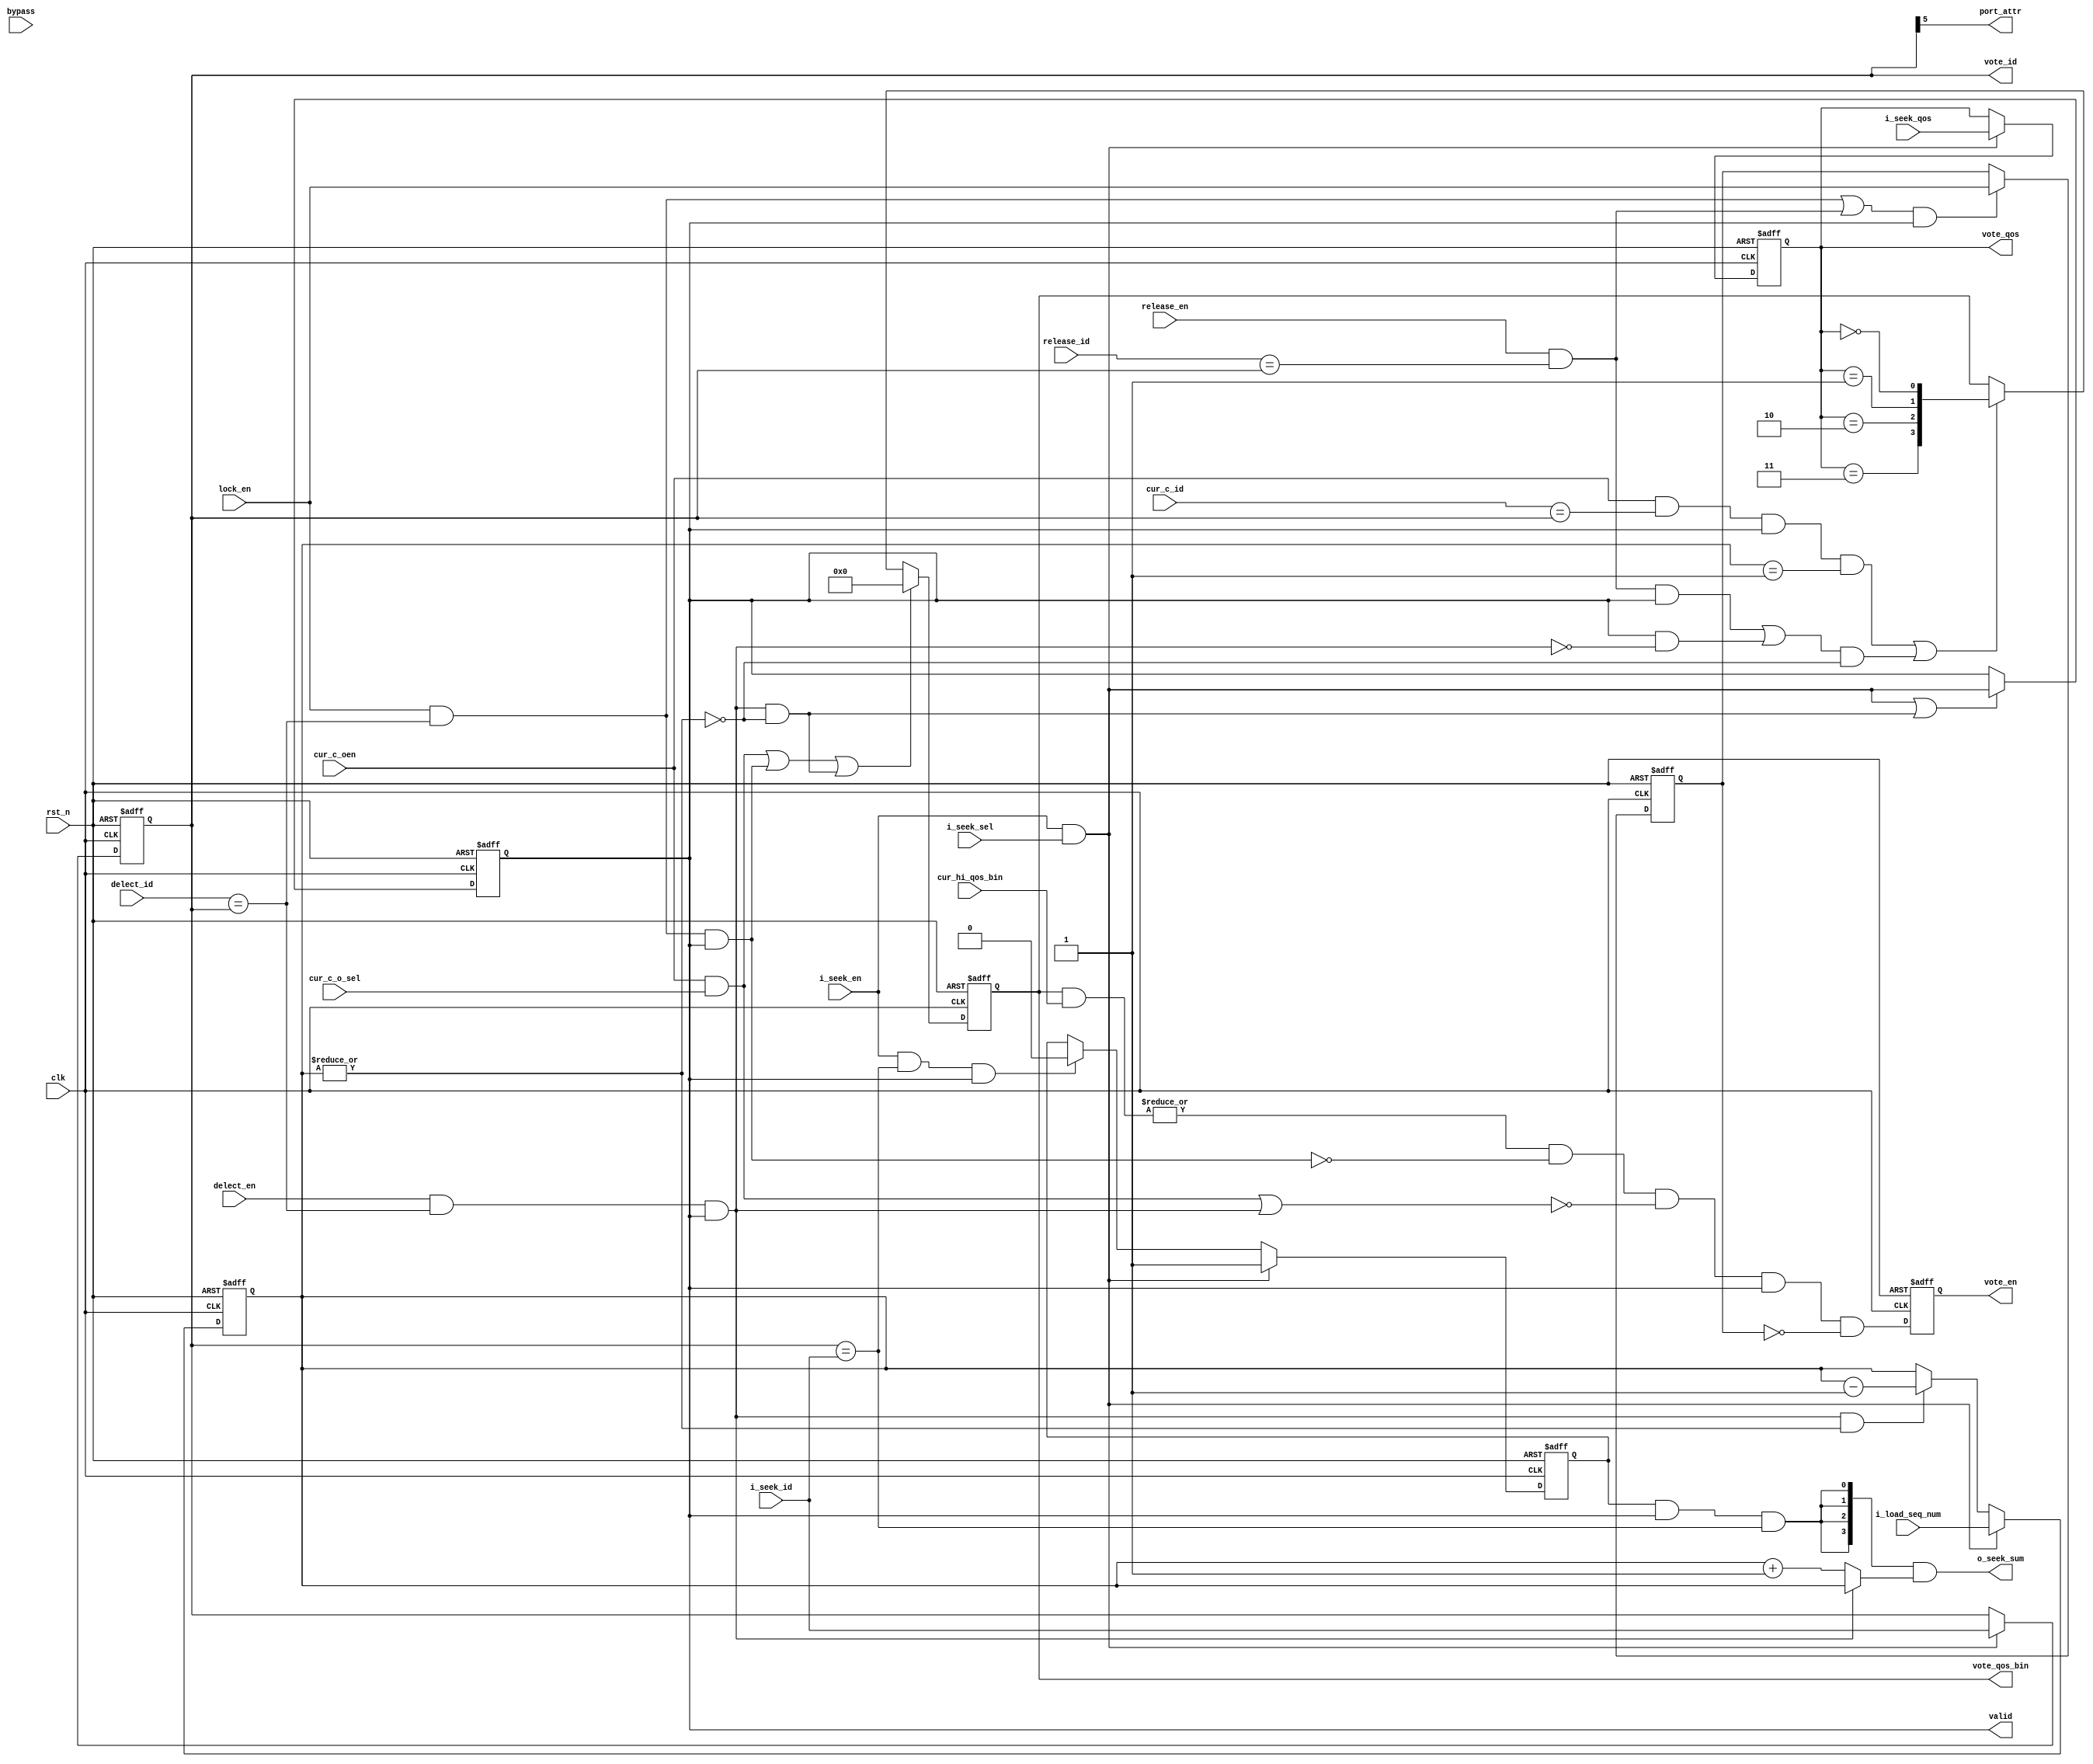
module ENIGMA_CELL (/*AUTOARG*/
    // Outputs
    o_seek_sum, vote_en, vote_id, vote_qos, vote_qos_bin, valid,
    port_attr,
    // Inputs
    clk, rst_n, i_load_seq_num, i_seek_en, i_seek_sel, i_seek_id,
    i_seek_qos, release_en, release_id, lock_en, delect_en, delect_id,
    bypass, cur_hi_qos_bin, cur_c_oen, cur_c_o_sel, cur_c_id
    ) ;
    input          clk;
    input          rst_n;
    
    input [3:0]    i_load_seq_num;   // timing not good !
    
    input          i_seek_en;        // for same ID detect
    input          i_seek_sel;       // valid when i_seek_en
    input [5:0]    i_seek_id;
    input [1:0]    i_seek_qos;
    output [3:0]   o_seek_sum;       // high when detected same ID
    

    input          release_en;       // single cycle to release current locked ID
    input [5:0]    release_id;


    input          lock_en;
    input          delect_en;
    input [5:0]    delect_id;
    input          bypass;
    
    output         vote_en;
    output [5:0]   vote_id;
    output [1:0]   vote_qos;
    
    output [3:0]   vote_qos_bin;

    input [3:0]    cur_hi_qos_bin;   // current highest Qos, onehot coding
    input          cur_c_oen;
    input          cur_c_o_sel;
    input [5:0]    cur_c_id;
    output         valid;
    output         port_attr;        // 0: mark it A port ,   1: mark it B port
    

    reg            vote_en;
    // common group
    reg            valid;
    reg            lock;
    reg [5:0]      id;
    reg [1:0]      qos;

    reg [3:0]      id_seq_num;
    reg            id_seq_tail;
    reg [3:0]      vote_qos_bin;

    wire           delect_en_hit_the_id = delect_en & (delect_id == id) & valid;
    wire           id_seq_not_single = (|id_seq_num);
    wire           reduce_seq_num_en = delect_en_hit_the_id & id_seq_not_single;

    wire           i_seek_en_hit  = i_seek_en & i_seek_sel;
    wire           delect_en_hit  = delect_en_hit_the_id & (~id_seq_not_single);
    wire           flesh_valid_en = ( i_seek_en_hit | delect_en_hit);

    wire           cur_c_o_en = cur_c_oen & cur_c_o_sel;
    wire           cur_c_o_hit_id = cur_c_oen & (cur_c_id == id) & valid;

    assign         port_attr = id[5];

    always @(posedge clk or negedge rst_n)
      if(~rst_n)
        id_seq_num   <= 4'b0;
      else if(i_seek_en_hit)
        id_seq_num   <= i_load_seq_num;
      else if(delect_en_hit_the_id & id_seq_not_single)
        id_seq_num   <= id_seq_num - 1;

    wire           mark_id_seq_tail   = i_seek_en_hit;
    wire           ummark_id_seq_tail = i_seek_en & (id == i_seek_id) & valid;
    always @(posedge clk or negedge rst_n)
      if(~rst_n)
        id_seq_tail   <= 1'b0;
      else if(mark_id_seq_tail)
        id_seq_tail   <= 1'b1;
      else if(ummark_id_seq_tail)
        id_seq_tail   <= 1'b0;

    assign o_seek_sum = {4{id_seq_tail & valid & (id == i_seek_id)}} & (delect_en_hit_the_id ? id_seq_num : (id_seq_num + 1));

    always @(posedge clk or negedge rst_n)
      if(~rst_n)
        valid      <= 1'b0;
      else if(flesh_valid_en)
        valid      <= i_seek_en_hit;

    always @(posedge clk or negedge rst_n)
      if(~rst_n)
        {id, qos}      <= 1'b0;
      else if(i_seek_en_hit)
        {id, qos}      <= {i_seek_id, i_seek_qos};

    wire           lock_en_hit    = lock_en & (delect_id == id) & valid;
    wire           release_en_hit = release_en & (release_id == id) & valid;
    
    wire           flesh_lock_en  = ( (lock_en & (delect_id == id)) |
                                      (release_en & (release_id == id)) ) & valid;
    always @(posedge clk or negedge rst_n)
      if(~rst_n)
        lock      <= 1'b0;
      else if(flesh_lock_en)
        lock      <= lock_en;

    //wire [3:0]     i_seek_qos_bin = { i_seek_qos == 2'd3, i_seek_qos == 2'd2, 
    //                                  i_seek_qos == 2'd1, i_seek_qos == 2'd0 };

    wire [3:0]     vote_qos_bin_s = { qos == 2'd3, qos == 2'd2, 
                                      qos == 2'd1, qos == 2'd0 };

    //wire           init_load_qos_bin = i_seek_en_hit & ( (i_load_seq_num == 4'b0) | (delect_en_hit_the_id & (i_load_seq_num == 4'b1)));   // the only ID
    wire           invoke_qos_bin    = ( (cur_c_o_hit_id & (id_seq_num == 4'd1)) |
                                         (release_en_hit| valid & ~delect_en_hit_the_id) & ~id_seq_not_single 
                                         );
    wire           dim_local_qos_bin = cur_c_o_en | lock_en_hit | delect_en_hit;
    always @(posedge clk or negedge rst_n)
      if(~rst_n)
        vote_qos_bin    <= 4'b0;
      //else if(init_load_qos_bin)
      //  vote_qos_bin    <= i_seek_qos_bin;
      else if( dim_local_qos_bin )
        vote_qos_bin    <= 4'b0;
      else if(invoke_qos_bin)
        vote_qos_bin    <= vote_qos_bin_s;

    wire           vote_en_mix = ( ((|(vote_qos_bin & cur_hi_qos_bin)) & ~lock_en_hit) & 
                                   ~ (cur_c_o_en | delect_en_hit_the_id) &
                                   valid & ~lock);
    always @(posedge clk or negedge rst_n)
      if(~rst_n)
        vote_en   <= 1'b0;
      else
        vote_en   <= vote_en_mix;

    assign vote_id  = id;
    assign vote_qos = qos;

    
endmodule // ENIGMA_CELL

module ENIGMA_BUFFER(/*autoarg*/
    // Outputs
    ready_a, ready_b, valid_c, payload_c, id_c, qos_c,
    // Inputs
    clk, rst_n, payload_a, id_a, qos_a, valid_a, payload_b, id_b,
    qos_b, valid_b, conflict_c, release_c, releaseid_c, ready_c
    );

    parameter  ENIGMA_CELL_MAX = 24;
   
    input                           clk;
    input                           rst_n;
    
    // port A
    input [127:0]                   payload_a;
    input [4:0]                     id_a;
    input [1:0]                     qos_a;
    input                           valid_a;
    output reg                      ready_a;

    // port B
    input [127:0]                   payload_b;
    input [4:0]                     id_b;
    input [1:0]                     qos_b;
    input                           valid_b;
    output reg                      ready_b;

    // output port C
    input                           conflict_c;
    input                           release_c;
    input [5:0]                     releaseid_c;

    input                           ready_c;
    output reg                      valid_c;
    
    output reg [127:0]              payload_c;
    output reg [5:0]                id_c;
    output reg [1:0]                qos_c;

    reg                             port_sel;        // 0: select A   1: select B
    reg [5:0]                       local_flit_nums;

    reg [5:0]                       hungry_cnt;      // count hungry FLIT
    reg                             hungry_det;      // Hungry schedule detector

    
    wire [3:0]                      cur_hi_qos_bin;
    reg [5:0]                       post_id_c;
    reg                             load_c_vote_en;

    wire [127:0]                    cur_sel_payload;

    reg                             vld_c_o_en_ff; // delay one cycle of (valid_c & ready_c)
    wire                            vld_c_o_en = valid_c & ready_c;
    wire                            delect_en  = vld_c_o_en_ff & ~conflict_c;

    wire                            vld_i_a    = (valid_a & ready_a);
    wire                            vld_i_b    = (valid_b & ready_b);
    wire                            i_seek_en  = vld_i_a | vld_i_b;
    wire [ENIGMA_CELL_MAX-1:0]      i_seek_sel;
    wire                            i_seek_sel_full;
    wire [5:0]                      i_seek_id[ENIGMA_CELL_MAX-1:0];
    wire [1:0]                      i_seek_qos[ENIGMA_CELL_MAX-1:0];
    wire [127:0]                    i_seek_payload[ENIGMA_CELL_MAX-1:0];
    //wire [5:0]                      i_seek_id  = ready_b ? {1'b1,id_b} : {1'b0,id_a};
    //wire [1:0]                      i_seek_qos = ready_b ? qos_b : qos_a;
    //wire [127:0]                    i_seek_payload = ready_b ? payload_b : payload_a;

    wire [ENIGMA_CELL_MAX-1:0]      vote_en;
    wire [ENIGMA_CELL_MAX-1:0]      valid;
    wire [5:0]                      vote_id[ENIGMA_CELL_MAX-1:0];
    wire [1:0]                      vote_qos[ENIGMA_CELL_MAX-1:0];
    wire [3:0]                      vote_qos_bin[ENIGMA_CELL_MAX-1:0];

    //
    wire                            local_flit_empty    = local_flit_nums == 5'b0;
    wire                            local_flit_single   = local_flit_nums == 5'b1;
    wire [5:0]                      local_flit_nums_new = local_flit_nums + (valid_a & ready_a) + (valid_b & ready_b) - vld_c_o_en  + conflict_c;
    wire                            local_buf_not_full  = ~((local_flit_nums_new == ENIGMA_CELL_MAX) |
                                                            ((local_flit_nums_new == (ENIGMA_CELL_MAX -1)) & ~delect_en & i_seek_en) |
                                                            ((local_flit_nums_new == (ENIGMA_CELL_MAX -2)) & ~delect_en & (vld_i_a & vld_i_b) ) |
                                                            (&valid) 
                                                            //~((local_flit_nums > (ENIGMA_CELL_MAX - 4) ) & valid_a & valid_b ) 
                                                            );

    //wire                            port_sel_invert = ~(valid_a ^ valid_b);
    wire                            port_sel_invert = (valid_a & ~ready_a) | (valid_b & ~ready_b);
    always @(posedge clk or negedge rst_n)
      if(~rst_n)
        port_sel   <= 1'b0;
      else if(i_seek_sel_full & port_sel_invert)
        port_sel   <= ~port_sel;

    always @(posedge clk or negedge rst_n)
      if(~rst_n)
        ready_a   <= 1'b1;
      else
        //ready_a   <= (~port_sel) & local_buf_not_full & ~hungry_det;
        ready_a   <= (~i_seek_sel_full | ~port_sel) & local_buf_not_full & ~hungry_det;
    

    always @(posedge clk or negedge rst_n)
      if(~rst_n)
        ready_b   <= 1'b0;
      else
        //ready_b   <= port_sel & local_buf_not_full & ~hungry_det;
        ready_b   <= (~i_seek_sel_full |  port_sel) & local_buf_not_full & ~hungry_det;

    wire [ENIGMA_CELL_MAX-1:0]      port_attr;
    reg [ENIGMA_CELL_MAX-1:0]       pre_sel_en;
    reg                             co_port_sel;   // 0: select A vote to out   1: select B vote to out

    wire [3:0]                      cur_hi_qos_bin_s[ENIGMA_CELL_MAX-1:0];

    wire [3:0]                      o_seek_sum_det_a;
    wire [3:0]                      o_seek_sum_det_b;
    wire [3:0]                      o_seek_sum[ENIGMA_CELL_MAX-1:0];
    wire [3:0]                      o_seek_sum_a[ENIGMA_CELL_MAX-1:0];
    wire [3:0]                      o_seek_sum_b[ENIGMA_CELL_MAX-1:0];
    wire [3:0]                      i_load_seq_num[ENIGMA_CELL_MAX-1:0];

    wire [5:0]                      vote_id_s[ENIGMA_CELL_MAX-1:0];
    wire [1:0]                      vote_qos_s[ENIGMA_CELL_MAX-1:0];

    wire [ENIGMA_CELL_MAX-1:0]      cur_sel_oa;
    wire [ENIGMA_CELL_MAX-1:0]      cur_sel_ob;
    wire [5:0]                      vote_id_a_s[ENIGMA_CELL_MAX-1:0];
    wire [1:0]                      vote_qos_a_s[ENIGMA_CELL_MAX-1:0];

    wire [5:0]                      vote_id_b_s[ENIGMA_CELL_MAX-1:0];
    wire [1:0]                      vote_qos_b_s[ENIGMA_CELL_MAX-1:0];

    // debug using
    wire [5:0]                      vote_id_ss  = vote_id_s[ENIGMA_CELL_MAX-1];
    wire [1:0]                      vote_qos_ss = vote_qos_s[ENIGMA_CELL_MAX-1];

    wire [ENIGMA_CELL_MAX-1:0]      i_seek_sel_a = ( (~valid[0]) ? 24'h00_0001 :
                                                     (~valid[1]) ? 24'h00_0002 :
                                                     (~valid[2]) ? 24'h00_0004 :
                                                     (~valid[3]) ? 24'h00_0008 :
                                                     (~valid[4]) ? 24'h00_0010 :
                                                     (~valid[5]) ? 24'h00_0020 :
                                                     (~valid[6]) ? 24'h00_0040 :
                                                     (~valid[7]) ? 24'h00_0080 :
                                                     (~valid[ 8]) ? 24'h00_0100 :
                                                     (~valid[ 9]) ? 24'h00_0200 :
                                                     (~valid[10]) ? 24'h00_0400 :
                                                     (~valid[11]) ? 24'h00_0800 :
                                                     (~valid[12]) ? 24'h00_1000 :
                                                     (~valid[13]) ? 24'h00_2000 :
                                                     (~valid[14]) ? 24'h00_4000 :
                                                     (~valid[15]) ? 24'h00_8000 :
                                                     (~valid[16]) ? 24'h01_0000 :
                                                     (~valid[17]) ? 24'h02_0000 :
                                                     (~valid[18]) ? 24'h04_0000 :
                                                     (~valid[19]) ? 24'h08_0000 :
                                                     (~valid[20]) ? 24'h10_0000 :
                                                     (~valid[21]) ? 24'h20_0000 :
                                                     (~valid[22]) ? 24'h40_0000 :
                                                     (~valid[23]) ? 24'h80_0000 : 24'h00_0000
                                                     );

    wire [ENIGMA_CELL_MAX-1:0]      i_seek_sel_b = ( (~valid[23]) ? 24'h80_0000 : 
                                                     (~valid[22]) ? 24'h40_0000 :             
                                                     (~valid[21]) ? 24'h20_0000 :             
                                                     (~valid[20]) ? 24'h10_0000 :             
                                                     (~valid[19]) ? 24'h08_0000 :             
                                                     (~valid[18]) ? 24'h04_0000 :             
                                                     (~valid[17]) ? 24'h02_0000 :             
                                                     (~valid[16]) ? 24'h01_0000 :             
                                                     (~valid[15]) ? 24'h00_8000 :             
                                                     (~valid[14]) ? 24'h00_4000 :             
                                                     (~valid[13]) ? 24'h00_2000 :             
                                                     (~valid[12]) ? 24'h00_1000 :             
                                                     (~valid[11]) ? 24'h00_0800 :             
                                                     (~valid[10]) ? 24'h00_0400 :             
                                                     (~valid[ 9]) ? 24'h00_0200 :             
                                                     (~valid[ 8]) ? 24'h00_0100 :             
                                                     (~valid[7]) ? 24'h00_0080 :              
                                                     (~valid[6]) ? 24'h00_0040 :              
                                                     (~valid[5]) ? 24'h00_0020 :              
                                                     (~valid[4]) ? 24'h00_0010 :              
                                                     (~valid[3]) ? 24'h00_0008 :              
                                                     (~valid[2]) ? 24'h00_0004 :              
                                                     (~valid[1]) ? 24'h00_0002 :  
                                                     (~valid[0]) ? 24'h00_0001 : 24'h00_0000 
                                                     );

    assign i_seek_sel_full = i_seek_sel_a == i_seek_sel_b;

    assign i_seek_sel = (i_seek_sel_a & {ENIGMA_CELL_MAX{vld_i_a}}) | (i_seek_sel_b & {ENIGMA_CELL_MAX{vld_i_b}});
    
    generate
        genvar                      cc;
        for(cc=0; cc<ENIGMA_CELL_MAX; cc=cc+1)begin:ENIGMA_CELL_GEN
            ENIGMA_CELL U_ENIGMA_CELL( 
                                       // Outputs
                                       .o_seek_sum           (o_seek_sum[cc]),
                                       .vote_en              (vote_en[cc]),
                                       .vote_id              (vote_id[cc]),
                                       .vote_qos             (vote_qos[cc]),
                                       .vote_qos_bin         (vote_qos_bin[cc]),
                                       .valid                (valid[cc]),
                                       .port_attr            (port_attr[cc]),
                                       // Inputs
                                       .clk                  (clk),
                                       .rst_n                (rst_n),
                                       .i_load_seq_num       (i_load_seq_num[cc]),
                                       .i_seek_en            (i_seek_en),
                                       .i_seek_sel           (i_seek_sel[cc]),
                                       .i_seek_id            (i_seek_id[cc]),
                                       .i_seek_qos           (i_seek_qos[cc]),
                                       .release_en           (release_c),
                                       .release_id           (releaseid_c),
                                       .lock_en              (conflict_c),
                                       .delect_en            (delect_en),
                                       .delect_id            (post_id_c),
                                       .bypass               (~load_c_vote_en),
                                       .cur_hi_qos_bin       (cur_hi_qos_bin),
                                       .cur_c_oen            (vld_c_o_en),
                                       .cur_c_o_sel          (pre_sel_en[cc]),
                                       .cur_c_id             (id_c)
                                       );
            
        end
    endgenerate

    generate
        genvar                      dd;
        for(dd=0; dd<ENIGMA_CELL_MAX; dd=dd+1)begin:ENIGMA_SIG_GEN
            // bug here !
            assign i_seek_qos[dd] = ((port_attr[dd]&valid[dd]) | (i_seek_sel_b[dd]&vld_i_b) ) ? qos_b : qos_a;
            assign i_seek_id[dd]  = ((port_attr[dd]&valid[dd]) | (i_seek_sel_b[dd]&vld_i_b) ) ? { vld_i_b,id_b}  : {~vld_i_a,id_a};
            assign i_seek_payload[dd] = (i_seek_sel_a[dd]&vld_i_a) ? payload_a : payload_b;

            assign i_load_seq_num[dd] = (i_seek_sel_b[dd]&ready_b) ? o_seek_sum_det_b : o_seek_sum_det_a;
            
            if(dd == 0)begin
                assign vote_id_a_s[dd]  = vote_id[dd]  & {6{cur_sel_oa[dd]}};
                assign vote_qos_a_s[dd] = vote_qos[dd] & {2{cur_sel_oa[dd]}};

                assign vote_id_b_s[dd]  = vote_id[dd]  & {6{cur_sel_ob[dd]}};
                assign vote_qos_b_s[dd] = vote_qos[dd] & {2{cur_sel_ob[dd]}};

                assign o_seek_sum_a[dd]     = {4{~port_attr[dd]}} & o_seek_sum[dd];
                assign o_seek_sum_b[dd]     = {4{ port_attr[dd]}} & o_seek_sum[dd];

                assign cur_hi_qos_bin_s[dd] = vote_qos_bin[dd];
            end else begin
                assign vote_id_a_s[dd]  = vote_id_a_s[dd-1]  | (vote_id[dd]  & {6{cur_sel_oa[dd]}});
                assign vote_qos_a_s[dd] = vote_qos_a_s[dd-1] | (vote_qos[dd] & {2{cur_sel_oa[dd]}});

                assign vote_id_b_s[dd]  = vote_id_b_s[dd-1]  | (vote_id[dd]  & {6{cur_sel_ob[dd]}});
                assign vote_qos_b_s[dd] = vote_qos_b_s[dd-1] | (vote_qos[dd] & {2{cur_sel_ob[dd]}});

                assign o_seek_sum_a[dd]     = o_seek_sum_a[dd-1] | {4{~port_attr[dd]}} & o_seek_sum[dd];
                assign o_seek_sum_b[dd]     = o_seek_sum_b[dd-1] | {4{ port_attr[dd]}} & o_seek_sum[dd];
                
                assign cur_hi_qos_bin_s[dd] = cur_hi_qos_bin_s[dd-1] | vote_qos_bin[dd];
            end
        end
    endgenerate

    assign o_seek_sum_det_a = o_seek_sum_a[ENIGMA_CELL_MAX-1];
    assign o_seek_sum_det_b = o_seek_sum_b[ENIGMA_CELL_MAX-1];
    //assign i_load_seq_num = o_seek_sum_det;

    wire [5:0]                      vote_id_a  = vote_id_a_s[ENIGMA_CELL_MAX-1];
    wire [1:0]                      vote_qos_a = vote_qos_a_s[ENIGMA_CELL_MAX-1];
    wire [5:0]                      vote_id_b  = vote_id_b_s[ENIGMA_CELL_MAX-1];
    wire [1:0]                      vote_qos_b = vote_qos_b_s[ENIGMA_CELL_MAX-1];
    wire [127:0]                    o_payload_oa;
    wire [127:0]                    o_payload_ob;
    
    always @(posedge clk or negedge rst_n)
      if(~rst_n)
        vld_c_o_en_ff   <= 1'b0;
      else
        vld_c_o_en_ff   <= vld_c_o_en;

    wire                            cur_have_oa_vote = |cur_sel_oa;
    wire                            cur_have_ob_vote = |cur_sel_ob;
    // here have some bug
    wire                            cur_have_vote    = cur_have_oa_vote & ~co_port_sel | cur_have_ob_vote & co_port_sel;

    wire                            co_port_sel_invert = cur_have_oa_vote & co_port_sel | cur_have_ob_vote & ~co_port_sel;
    always @(posedge clk or negedge rst_n)
      if(~rst_n)
        co_port_sel     <= 1'b0;
      else if(co_port_sel_invert)
        co_port_sel     <= ~co_port_sel;

    wire [5:0]                      vote_id_c      = co_port_sel ? vote_id_b : vote_id_a;
    wire [1:0]                      vote_qos_c     = co_port_sel ? vote_qos_b : vote_qos_a;
    wire [127:0]                    vote_payload_c = co_port_sel ? o_payload_ob : o_payload_oa;
    

    wire [3:0]                      cur_hi_qos_bin_ss = cur_hi_qos_bin_s[ENIGMA_CELL_MAX-1];
    assign                          cur_hi_qos_bin    = ( cur_hi_qos_bin_ss[3] ? 4'b1000 :
                                                          cur_hi_qos_bin_ss[2] ? 4'b0100 :
                                                          cur_hi_qos_bin_ss[1] ? 4'b0010 :
                                                          cur_hi_qos_bin_ss[0] ? 4'b0001 : 4'b0000
                                                          );
    
    assign cur_sel_oa = ( (vote_en[0]  &~port_attr[0] ) ? 24'h00_0001 :
                          (vote_en[1]  &~port_attr[1] ) ? 24'h00_0002 :
                          (vote_en[2]  &~port_attr[2] ) ? 24'h00_0004 :
                          (vote_en[3]  &~port_attr[3] ) ? 24'h00_0008 :
                          (vote_en[4]  &~port_attr[4] ) ? 24'h00_0010 :
                          (vote_en[5]  &~port_attr[5] ) ? 24'h00_0020 :
                          (vote_en[6]  &~port_attr[6] ) ? 24'h00_0040 :
                          (vote_en[7]  &~port_attr[7] ) ? 24'h00_0080 :
                          (vote_en[8]  &~port_attr[8] ) ? 24'h00_0100 :
                          (vote_en[9]  &~port_attr[9] ) ? 24'h00_0200 :
                          (vote_en[10] &~port_attr[10]) ? 24'h00_0400 :
                          (vote_en[11] &~port_attr[11]) ? 24'h00_0800 :
                          (vote_en[12] &~port_attr[12]) ? 24'h00_1000 :
                          (vote_en[13] &~port_attr[13]) ? 24'h00_2000 :
                          (vote_en[14] &~port_attr[14]) ? 24'h00_4000 :
                          (vote_en[15] &~port_attr[15]) ? 24'h00_8000 :
                          (vote_en[16] &~port_attr[16]) ? 24'h01_0000 :
                          (vote_en[17] &~port_attr[17]) ? 24'h02_0000 :
                          (vote_en[18] &~port_attr[18]) ? 24'h04_0000 :
                          (vote_en[19] &~port_attr[19]) ? 24'h08_0000 :
                          (vote_en[20] &~port_attr[20]) ? 24'h10_0000 :
                          (vote_en[21] &~port_attr[21]) ? 24'h20_0000 :
                          (vote_en[22] &~port_attr[22]) ? 24'h40_0000 :
                          (vote_en[23] &~port_attr[23]) ? 24'h80_0000 : 24'h00_0000
                          );

    assign cur_sel_ob = ( (vote_en[23] & port_attr[23]) ? 24'h80_0000:
                          (vote_en[22] & port_attr[22]) ? 24'h40_0000:
                          (vote_en[21] & port_attr[21]) ? 24'h20_0000:
                          (vote_en[20] & port_attr[20]) ? 24'h10_0000:
                          (vote_en[19] & port_attr[19]) ? 24'h08_0000:
                          (vote_en[18] & port_attr[18]) ? 24'h04_0000:
                          (vote_en[17] & port_attr[17]) ? 24'h02_0000:
                          (vote_en[16] & port_attr[16]) ? 24'h01_0000:
                          (vote_en[15] & port_attr[15]) ? 24'h00_8000:
                          (vote_en[14] & port_attr[14]) ? 24'h00_4000:
                          (vote_en[13] & port_attr[13]) ? 24'h00_2000 :
                          (vote_en[12] & port_attr[12]) ? 24'h00_1000 :
                          (vote_en[11] & port_attr[11]) ? 24'h00_0800 :
                          (vote_en[10] & port_attr[10]) ? 24'h00_0400 :
                          (vote_en[9]  & port_attr[9] ) ? 24'h00_0200  :
                          (vote_en[8]  & port_attr[8] ) ? 24'h00_0100  :
                          (vote_en[7]  & port_attr[7] ) ? 24'h00_0080  :
                          (vote_en[6]  & port_attr[6] ) ? 24'h00_0040  :
                          (vote_en[5]  & port_attr[5] ) ? 24'h00_0020  :
                          (vote_en[4]  & port_attr[4] ) ? 24'h00_0010  :
                          (vote_en[3]  & port_attr[3] ) ? 24'h00_0008  :
                          (vote_en[2]  & port_attr[2] ) ? 24'h00_0004  :
                          (vote_en[1]  & port_attr[1] ) ? 24'h00_0002  :
                          (vote_en[0]  & port_attr[0] ) ? 24'h00_0001  : 24'h00_0000
                          );

    always @(posedge clk or negedge rst_n)
      if(~rst_n)
        pre_sel_en   <= {ENIGMA_CELL_MAX{1'b0}};
      else
        pre_sel_en   <= co_port_sel ? cur_sel_ob : cur_sel_oa;

    always @(posedge clk or negedge rst_n)
      if(~rst_n)
        local_flit_nums   <= 5'b0;
      else if( i_seek_en | vld_c_o_en | conflict_c)
        local_flit_nums   <= local_flit_nums_new;

    wire                            vld_o_sel_en   = cur_have_vote & ~local_flit_empty;
    wire                            new_flit_sch   = vld_c_o_en & (cur_have_oa_vote^cur_have_ob_vote) & load_c_vote_en;
    wire                            mark_load_c_vote = ~local_flit_empty & ~load_c_vote_en;
    
    always @(posedge clk or negedge rst_n)
      if(~rst_n)
        load_c_vote_en   <= 1'b0;
      else if(mark_load_c_vote)
        load_c_vote_en   <= 1'b1;
      else if(local_flit_single & vld_c_o_en)
        load_c_vote_en   <= 1'b0;

    // hungry detect
    always @(posedge clk or negedge rst_n)
      if(~rst_n)
        hungry_cnt   <= 6'b0;
      else if(~hungry_det & load_c_vote_en & vld_o_sel_en )
        hungry_cnt   <= {6{(cur_hi_qos_bin != cur_hi_qos_bin_ss)}} & (hungry_cnt + 1);

    always @(posedge clk or negedge rst_n)
      if(~rst_n)
        hungry_det   <= 1'b0;
      else if(local_flit_single & vld_c_o_en)
        hungry_det   <= 1'b0;
      else if( (&hungry_cnt))
        hungry_det   <= 1'b1;

    //wire                            first_same_seq_id = local_flit_single & i_seek_id == id_c;
    always @(posedge clk or negedge rst_n)
      if(~rst_n)
        valid_c   <= 1'b0;
      else if(load_c_vote_en)
        valid_c   <= (|vote_en) & ~new_flit_sch;
      //else if(i_seek_en )
      //  valid_c   <= ~first_same_seq_id;
      else if(ready_c )
        valid_c   <= 1'b0;

    always @(posedge clk or negedge rst_n)
      if(~rst_n)
        post_id_c   <= 1'b0;
      else if(vld_c_o_en)
        post_id_c   <= id_c;

    always @(posedge clk or negedge rst_n)
      if(~rst_n)
        {id_c, qos_c}      <= 1'b0;
      else if(load_c_vote_en )//& ready_c
        //{id_c, qos_c}      <= {vote_id_s[ENIGMA_CELL_MAX-1], vote_qos_s[ENIGMA_CELL_MAX-1]};
        {id_c, qos_c}      <= {vote_id_c,vote_qos_c};
      //else if(i_seek_en)
      //  {id_c, qos_c}      <= {i_seek_id, i_seek_qos};

    always @(posedge clk or negedge rst_n)
      if(~rst_n)
        payload_c   <= 1'b0;
      else if(load_c_vote_en)
        //payload_c   <= cur_sel_payload;
        payload_c   <= vote_payload_c;
      //else  if(i_seek_en)
      //  payload_c   <= i_seek_payload;

  
    // ---------------------- MEMORY ----------------------------------------
    reg [127:0]                  mem[ENIGMA_CELL_MAX-1:0];

    generate
        //genvar                   cc;
        for(cc=0; cc<ENIGMA_CELL_MAX; cc=cc+1)begin:ENIGMA_MEM_WRITE
            always @(posedge clk)
              if(i_seek_sel[cc] & i_seek_en)
                mem[cc]    <= i_seek_payload[cc];
        end
    endgenerate
    
    wire [127:0]               o_payload_oa_s[ENIGMA_CELL_MAX-1:0];
    wire [127:0]               o_payload_ob_s[ENIGMA_CELL_MAX-1:0];
    generate
        genvar                   i;
        for(i=0; i<ENIGMA_CELL_MAX; i=i+1)begin:ENIGMA_MEM_READ
            if(i == 0)begin
                assign o_payload_oa_s[i]   =  {128{cur_sel_oa[i]}} & mem[i];
                assign o_payload_ob_s[i]   =  {128{cur_sel_ob[i]}} & mem[i];
            end else begin
                assign o_payload_oa_s[i]   = o_payload_oa_s[i-1] | ({128{cur_sel_oa[i]}} & mem[i]);
                assign o_payload_ob_s[i]   = o_payload_ob_s[i-1] | ({128{cur_sel_ob[i]}} & mem[i]);
            end
        end
    endgenerate

    assign o_payload_oa = o_payload_oa_s[ENIGMA_CELL_MAX-1];
    assign o_payload_ob = o_payload_ob_s[ENIGMA_CELL_MAX-1];
    // ---------------------- MEMORY ----------------------------------------

endmodule